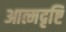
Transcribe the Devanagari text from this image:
आत्मदृष्टि